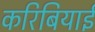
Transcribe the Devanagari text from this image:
करिबियाई